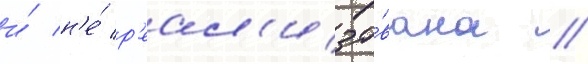
и́ н'е́ р'еал'изо́вана //